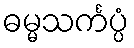
ဓမ္မသင်္ကပ္ပံ